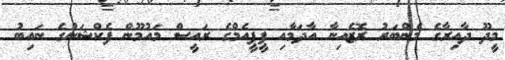
މީދޫ ދާއިރާގެ މެންބަރު ރޮޒެއިނާ އާދަމާއި ޕީޕީއެމްގެ ރައީސް މައުމޫން ފެކްޝަނުގެ ނައިބު